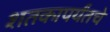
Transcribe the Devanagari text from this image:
शतकापर्यंतचे